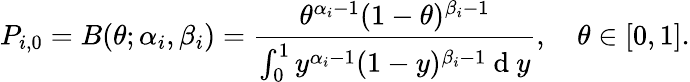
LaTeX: P_{i,0}=B(\theta;\alpha_{i},\beta_{i})=\frac{\theta^{\alpha_{i}-1}(1-\theta)^{\beta_{i}-1}}{\int_{0}^{1}y^{\alpha_{i}-1}(1-y)^{\beta_{i}-1}\mathrm{~d~}y},\quad\theta\in[0,1].